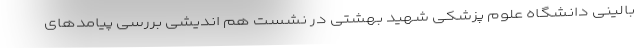
بالینی دانشگاه علوم پزشکی شهید بهشتی در نشست هم اندیشی بررسی پیامدهای